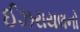
ઈઝરાયલનો